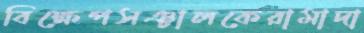
বিক্ষেপসঞ্চালকেরামাদা